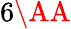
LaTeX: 6\AA